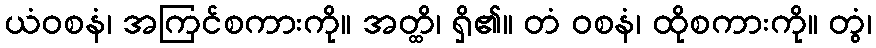
ယံဝစနံ၊ အကြင်စကားကို။ အတ္ထိ၊ ရှိ၏။ တံ ဝစနံ၊ ထိုစကားကို။ တွံ၊